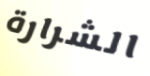
الشرارة